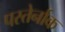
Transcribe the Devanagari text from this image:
पस्तेर्नाक